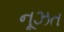
નૂઝત